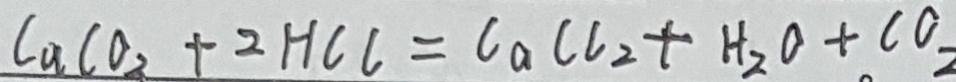
C u l O _ { 2 } + 2 H C l = C a C l _ { 2 } + H _ { 2 } O + C O _ { 2 }